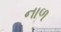
નાળ